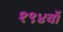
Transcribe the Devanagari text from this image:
१९४वॉ